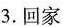
53.回家